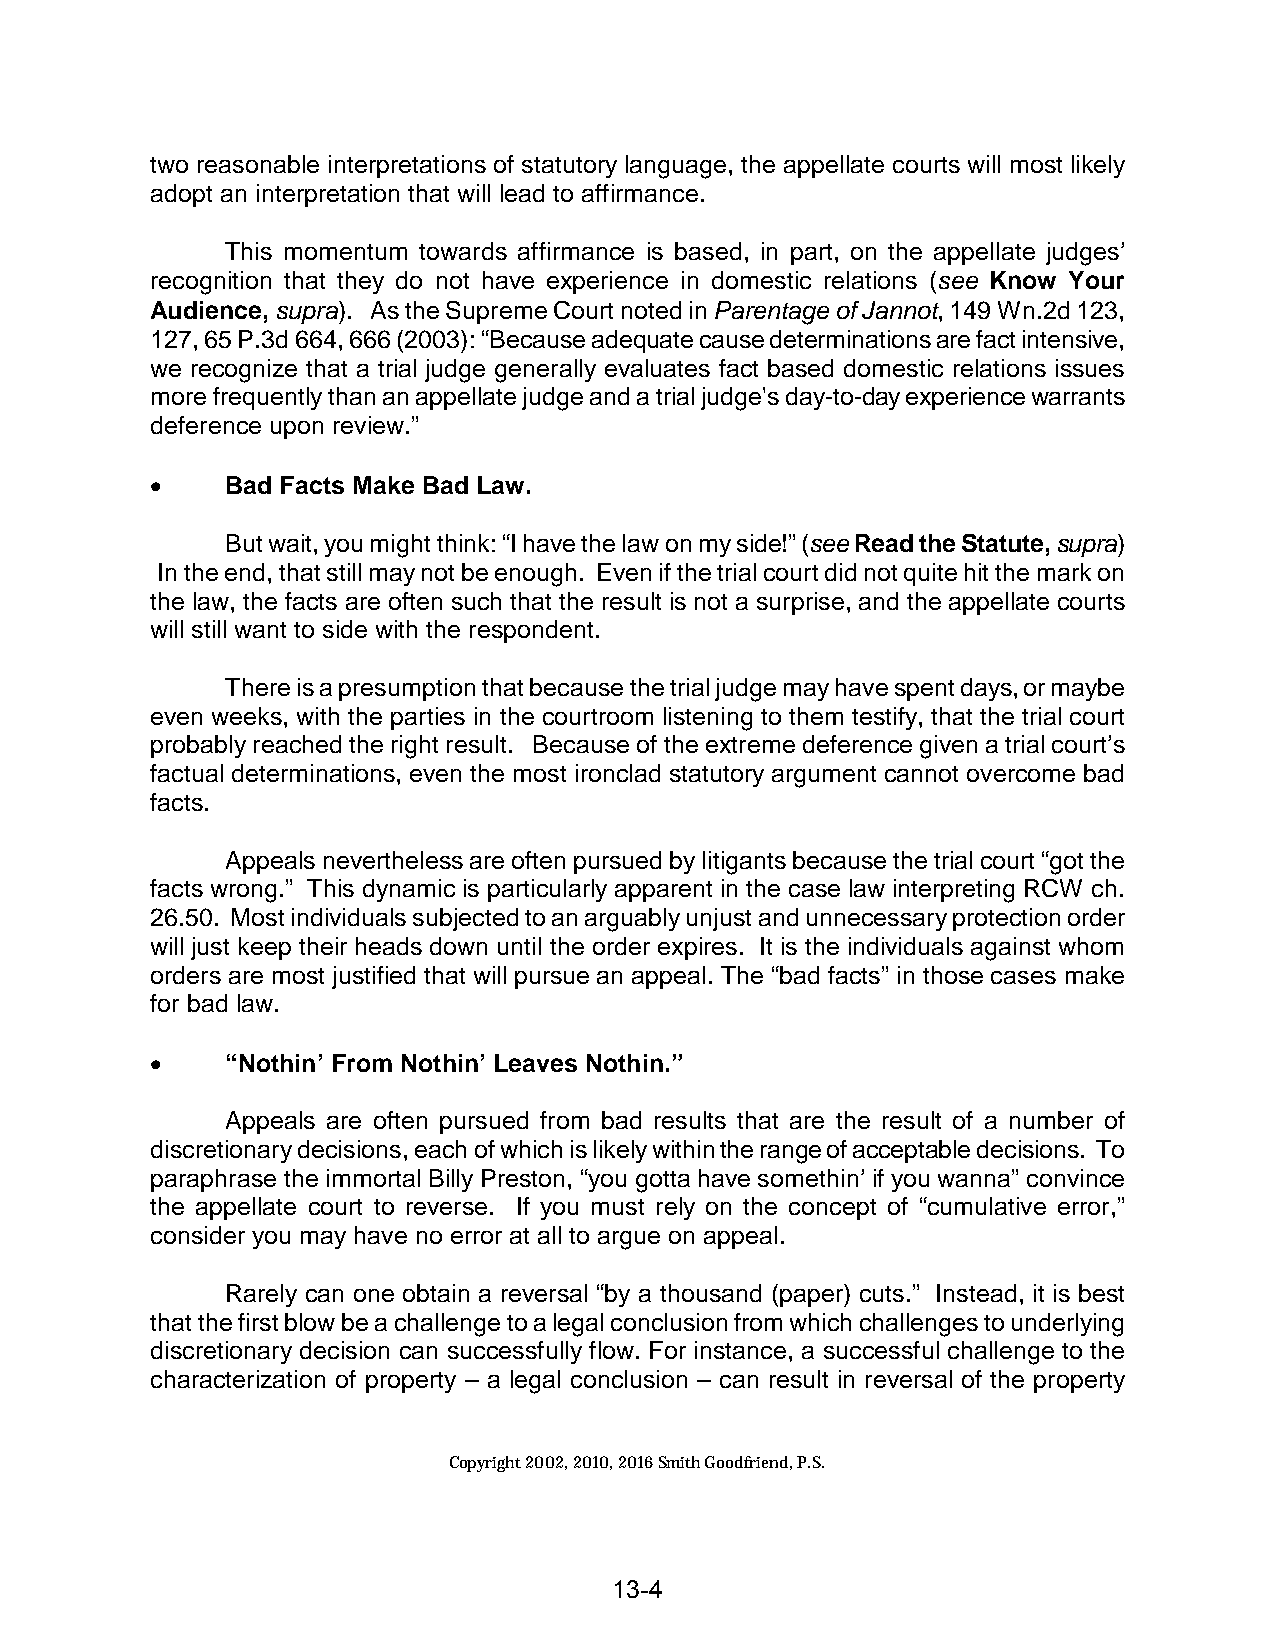
two reasonable interpretations of statutory language, the appellate courts will most likely
 adopt an interpretation that will lead to affirmance.
 This momentum towards affirmance is based, in part, on the appellate judges’
 recognition that they do not have experience in domestic relations (see Know Your
 Audience, supra). As the Supreme Court noted in Parentage of Jannot, 149 Wn.2d 123,
 127, 65 P.3d 664, 666 (2003): “Because adequate cause determinations are fact intensive,
 we recognize that a trial judge generally evaluates fact based domestic relations issues
 more frequently than an appellate judge and a trial judge's day-to-day experience warrants
 deference upon review.”
 •    Bad Facts Make Bad Law.
 But wait, you might think: “I have the law on my side!” (see Read the Statute, supra)
 In the end, that still may not be enough. Even if the trial court did not quite hit the mark on
 the law, the facts are often such that the result is not a surprise, and the appellate courts
 will still want to side with the respondent.
 There is a presumption that because the trial judge may have spent days, or maybe
 even weeks, with the parties in the courtroom listening to them testify, that the trial court
 probably reached the right result. Because of the extreme deference given a trial court’s
 factual determinations, even the most ironclad statutory argument cannot overcome bad
 facts.
 Appeals nevertheless are often pursued by litigants because the trial court “got the
 facts wrong.” This dynamic is particularly apparent in the case law interpreting RCW ch.
 26.50. Most individuals subjected to an arguably unjust and unnecessary protection order
 will just keep their heads down until the order expires. It is the individuals against whom
 orders are most justified that will pursue an appeal. The “bad facts” in those cases make
 for bad law.
 •    “Nothin’ From Nothin’ Leaves Nothin.”
 Appeals are often pursued from bad results that are the result of a number of
 discretionary decisions, each of which is likely within the range of acceptable decisions. To
 paraphrase the immortal Billy Preston, “you gotta have somethin’ if you wanna” convince
 the appellate court to reverse. If you must rely on the concept of “cumulative error,”
 consider you may have no error at all to argue on appeal.
 Rarely can one obtain a reversal “by a thousand (paper) cuts.” Instead, it is best
 that the first blow be a challenge to a legal conclusion from which challenges to underlying
 discretionary decision can successfully flow. For instance, a successful challenge to the
 characterization of property – a legal conclusion – can result in reversal of the property
 Copyright 2002, 2010, 2016 Smith Goodfriend, P.S.
 13-4